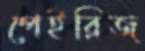
পেইরিজ